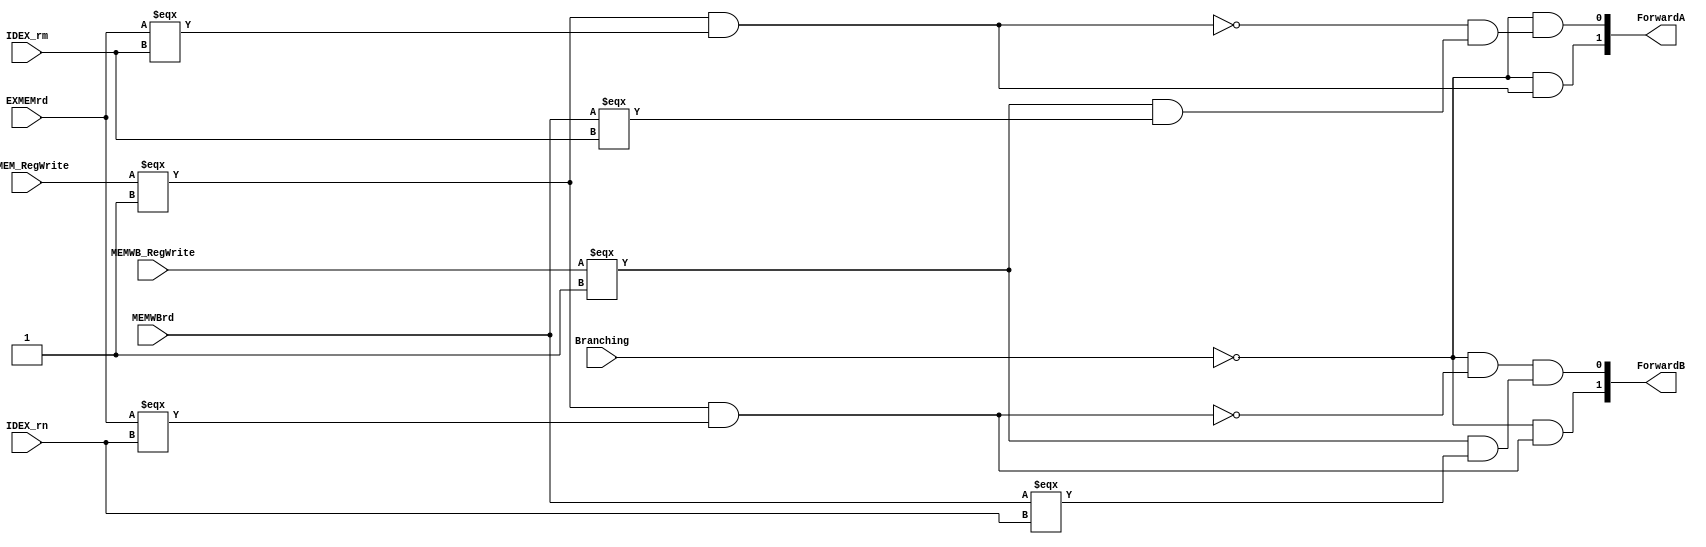
module ForwardingUnit(ForwardA, ForwardB, Branching, EXMEM_RegWrite, MEMWB_RegWrite, EXMEMrd, MEMWBrd, IDEX_rm, IDEX_rn);
    output reg [1:0] ForwardA, ForwardB;
    input Branching, EXMEM_RegWrite, MEMWB_RegWrite;
    input [4:0] EXMEMrd, MEMWBrd, IDEX_rm, IDEX_rn;

    always@(*) begin
        ForwardA[0] = ~Branching && (~((EXMEM_RegWrite === 1) && (EXMEMrd === IDEX_rm)) && ((MEMWB_RegWrite === 1) && (MEMWBrd === IDEX_rm)));
    
        ForwardA[1] = ~Branching && ((EXMEM_RegWrite === 1) && (EXMEMrd === IDEX_rm));

        ForwardB[0] = ~Branching && ~((EXMEM_RegWrite === 1) && (EXMEMrd === IDEX_rn)) && ((MEMWB_RegWrite === 1) && (MEMWBrd === IDEX_rn));

        ForwardB[1] = ~Branching && ((EXMEM_RegWrite === 1) && (EXMEMrd === IDEX_rn));
    end
endmodule